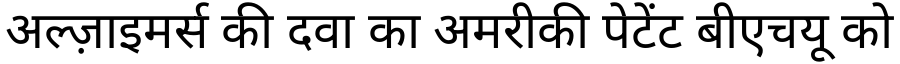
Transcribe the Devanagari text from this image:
अल्ज़ाइमर्स की दवा का अमरीकी पेटेंट बीएचयू को